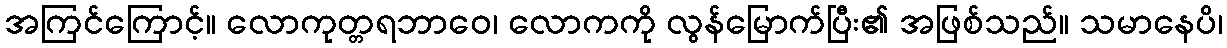
အကြင်ကြောင့်။ လောကုတ္တရဘာဝေ၊ လောကကို လွန်မြောက်ပြီး၏ အဖြစ်သည်။ သမာနေပိ၊